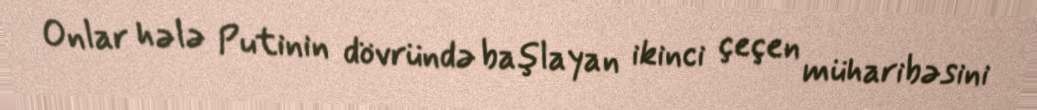
Onlar hələ Putinin dövründə başlayan ikinci çeçen müharibəsini